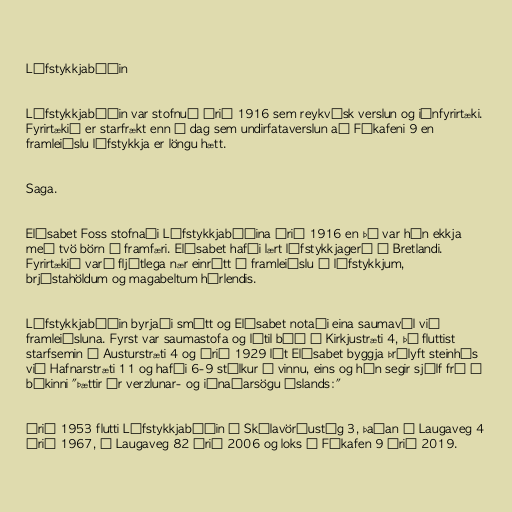
Lífstykkjabúðin

Lífstykkjabúðin var stofnuð árið 1916 sem reykvísk verslun og iðnfyrirtæki.
Fyrirtækið er starfrækt enn í dag sem undirfataverslun að Fákafeni 9 en
framleiðslu lífstykkja er löngu hætt.

Saga.

Elísabet Foss stofnaði Lífstykkjabúðina árið 1916 en þá var hún ekkja
með tvö börn á framfæri. Elísabet hafði lært lífstykkjagerð í Bretlandi.
Fyrirtækið varð fljótlega nær einrátt í framleiðslu á lífstykkjum,
brjóstahöldum og magabeltum hérlendis.

Lífstykkjabúðin byrjaði smátt og Elísabet notaði eina saumavél við
framleiðsluna. Fyrst var saumastofa og lítil búð í Kirkjustræti 4, þá fluttist
starfsemin í Austurstræti 4 og árið 1929 lét Elísabet byggja þrílyft steinhús
við Hafnarstræti 11 og hafði 6-9 stúlkur í vinnu, eins og hún segir sjálf frá í
bókinni "Þættir úr verzlunar- og iðnaðarsögu Íslands:"

Árið 1953 flutti Lífstykkjabúðin á Skólavörðustíg 3, þaðan á Laugaveg 4
árið 1967, á Laugaveg 82 árið 2006 og loks í Fákafen 9 árið 2019.